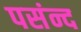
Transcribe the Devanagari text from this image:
पसंन्द